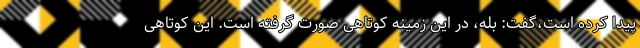
پیدا کرده است،گفت: بله، در این زمینه کوتاهی صورت گرفته است. این کوتاهی